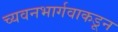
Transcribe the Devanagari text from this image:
च्यवनभार्गवाकडून